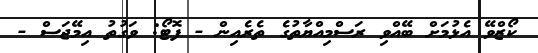
ކޯޒްވޭ އެޅުމަށް ބޭއްވި ރަސްމިއްޔާތުގެ ތެރެއިން - ފޮޓޯ: ވަގުތު އިމޭޖަސް -